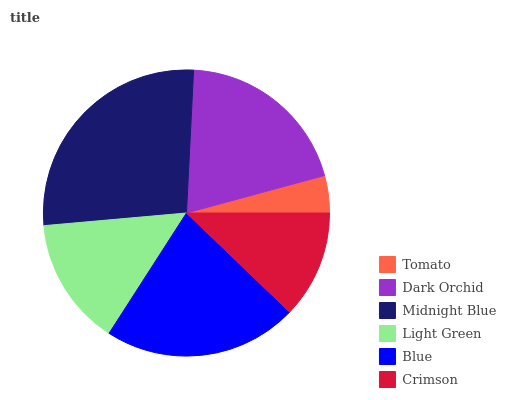
| Tomato | Dark Orchid | Midnight Blue | Light Green | Blue | Crimson |
 | --- | --- | --- | --- | --- | --- |
 | 4.21% | 20% | 27.2% | 14.5% | 21.9% | 12.2% |